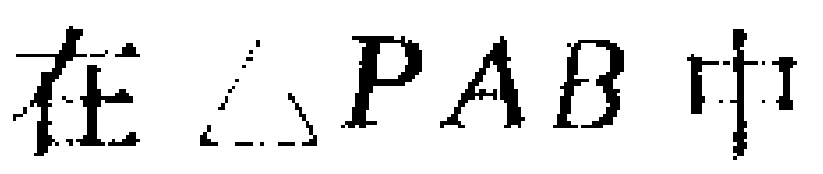
在$\triangle PAB$中